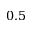
0 . 5